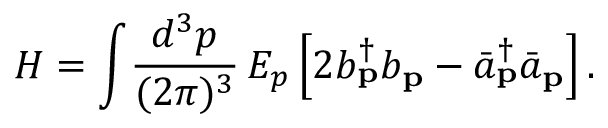
H = \int \! \frac { d ^ { 3 } p } { ( 2 \pi ) ^ { 3 } } \, E _ { p } \left[ 2 b _ { \bf p } ^ { \dag } b _ { \bf p } - { \bar { a } } _ { \bf p } ^ { \dag } { \bar { a } } _ { \bf p } \right] .